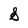
Character: S